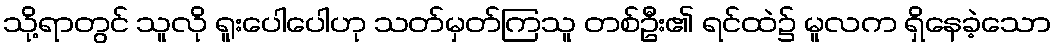
သို့ရာတွင် သူလို ရူးပေါပေါဟု သတ်မှတ်ကြသူ တစ်ဦး၏ ရင်ထဲ၌ မူလက ရှိနေခဲ့သော